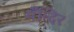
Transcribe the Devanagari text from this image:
मँन्दिर